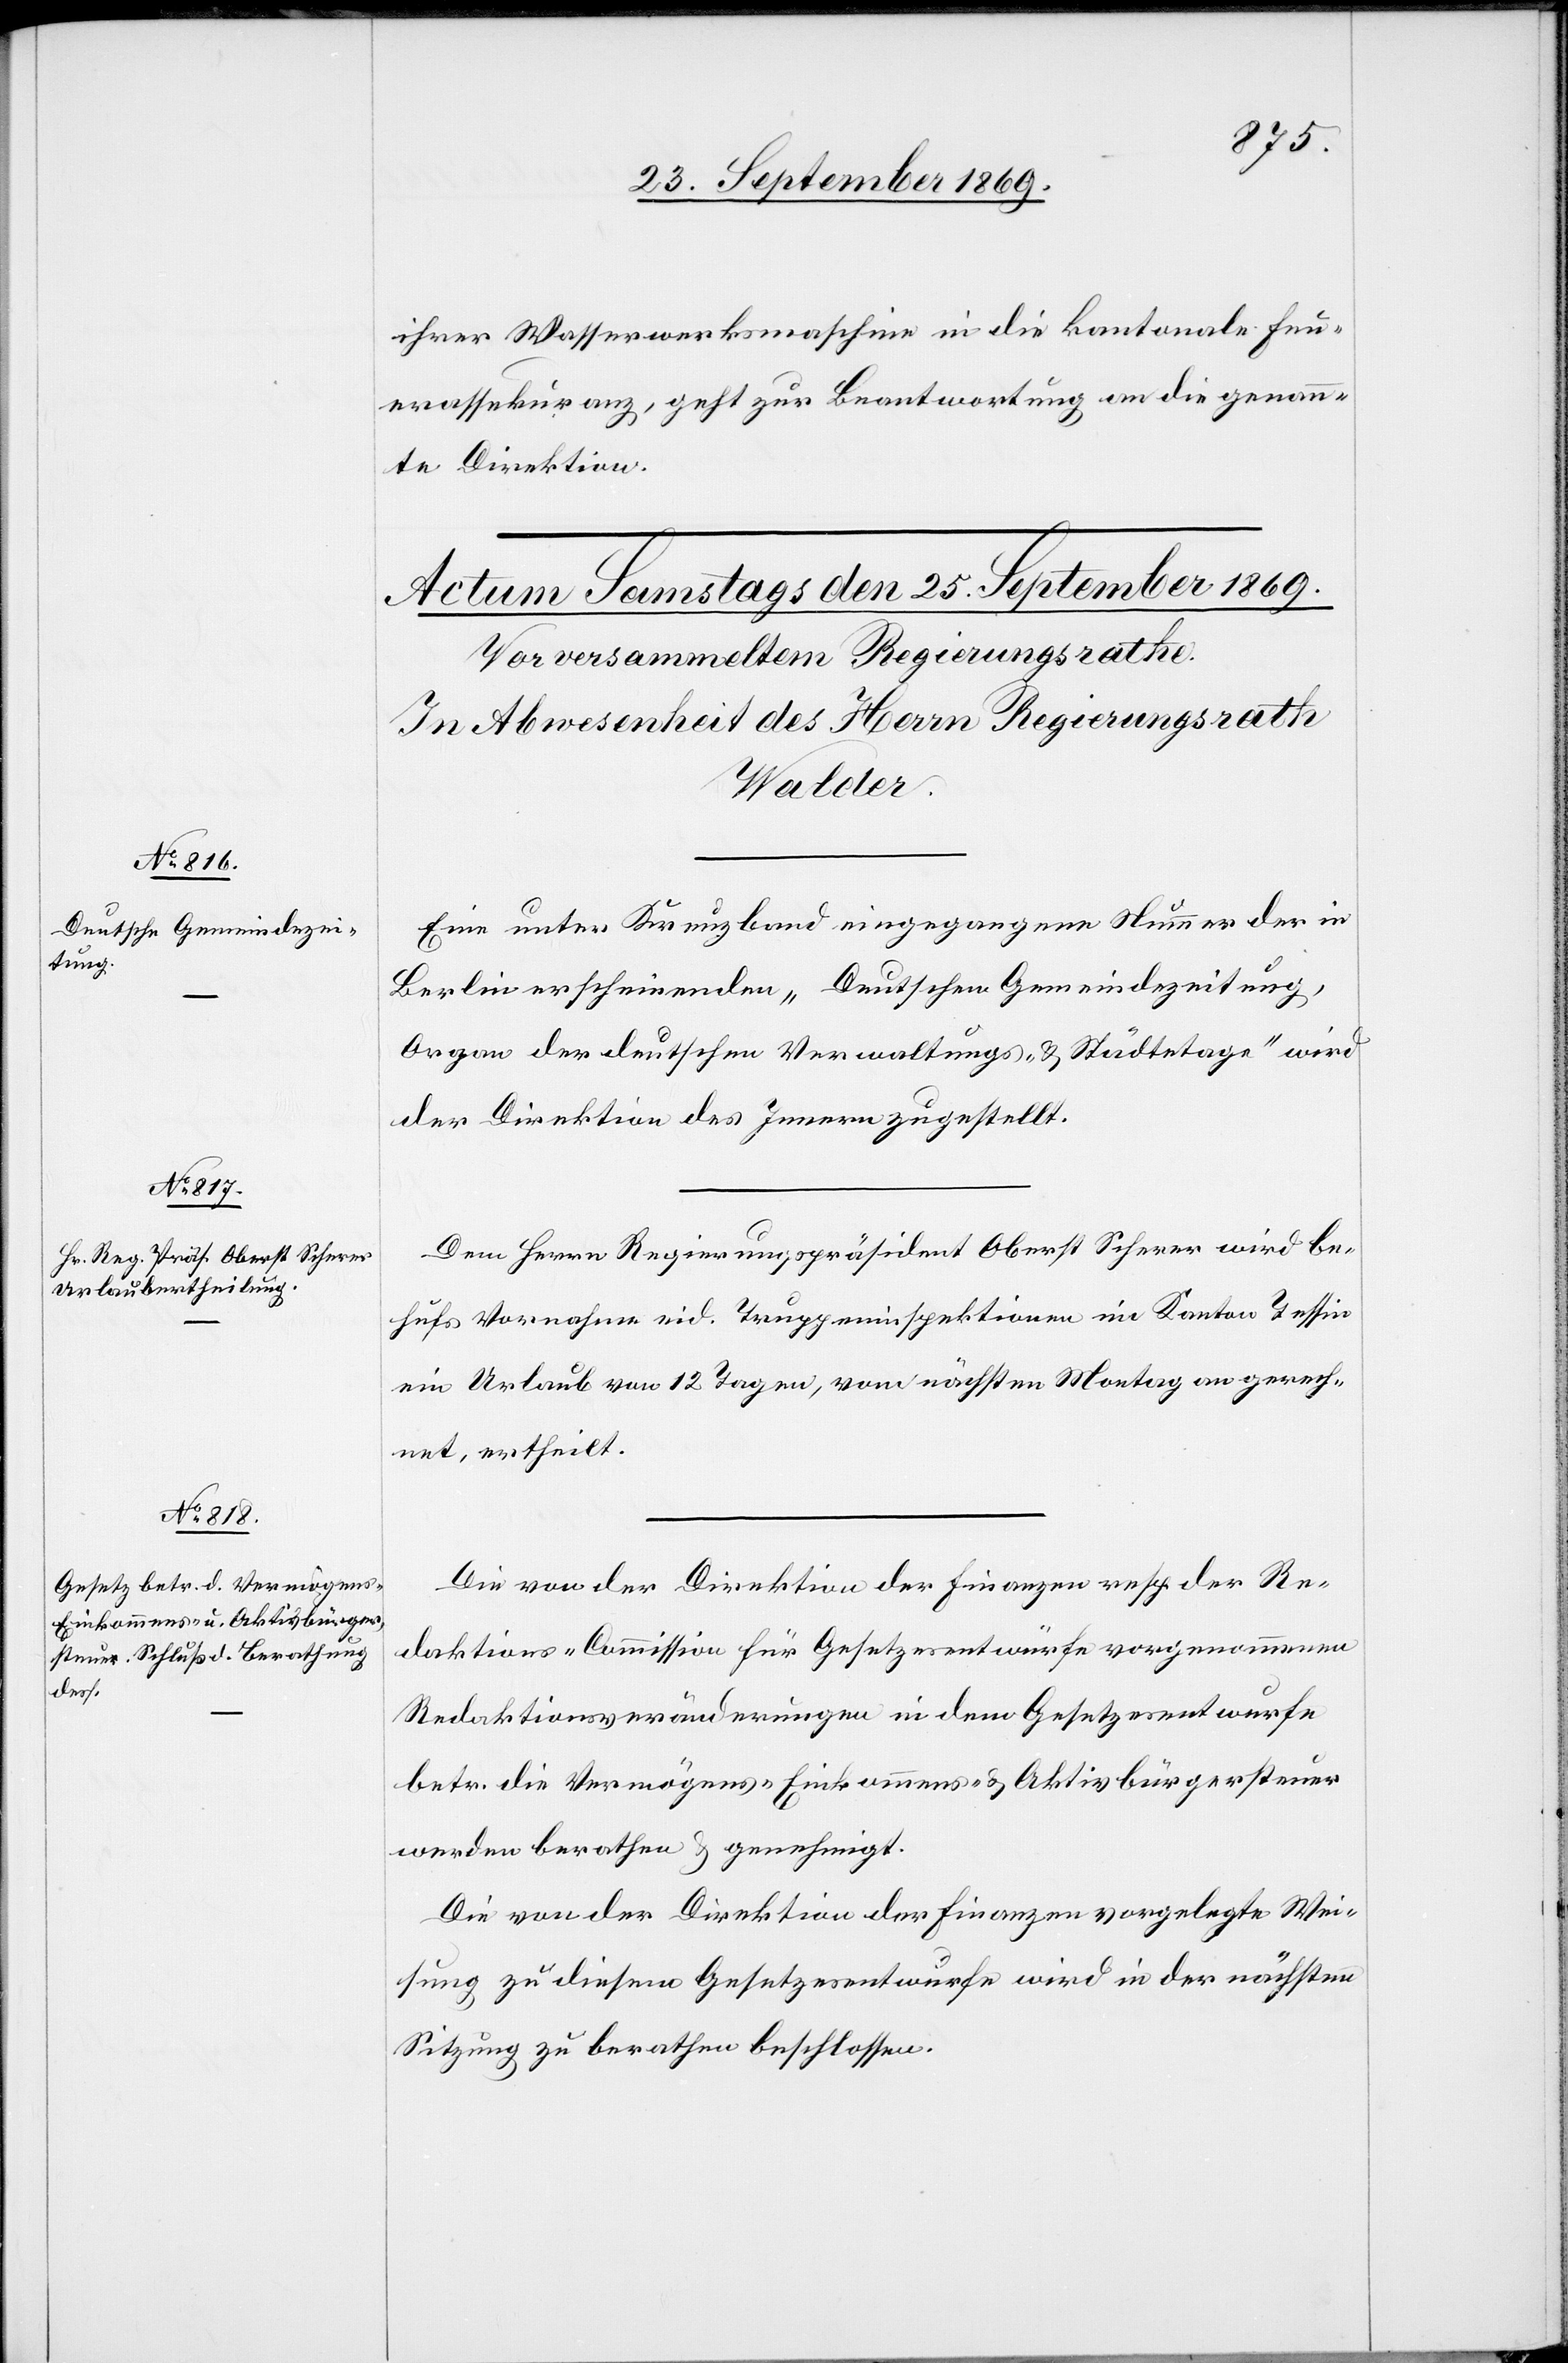
ihrer Wasserwerksmaschine in die kantonale Feu¬
erassekuranz, geht zur Beantwortung an die genann¬
te Direktion.
Eine unter Kreuzband eingegangene Nummer der in
Berlin erscheinenden „Deutschen Gemeindezeitung,
Organ der deutschen Verwaltungs- & Städtetage“ wird
der Direktion des Innern zugestellt.
Dem Herrn Regierungspräsident Oberst Scherer wird be¬
hufs Vornahme eid. Truppeninspektionen im Kanton Tessin
ein Urlaub von 12 Tagen, vom nächsten Montag an gerech¬
net, ertheilt.
Die von der Direktion der Finanzen resp. der Re¬
daktions-Commission für Gesetzesentwürfe vorgenommenen
Redaktionsveränderungen in dem Gesetzesentwurfe
betr. die Vermögens- Einkommens- & Aktivbürgersteuer
werden berathen & genehmigt.
Die von der Direktion der Finanzen vorgelegte Wei¬
sung zu diesem Gesetzesentwurfe wird in der nächsten
Sitzung zu berathen beschlossen.